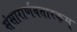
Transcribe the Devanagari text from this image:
संसारार्णवतारकम्